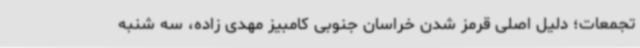
تجمعات؛ دلیل اصلی قرمز شدن خراسان جنوبی کامبیز مهدی زاده، سه شنبه